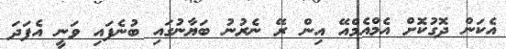
އެކަން ދޮގުކޮށް އެމްއެމްއޭ އިން ރޭ ނެރުނު ބަޔާނުގައި ބުނެފައި ވަނީ އެފަދަ